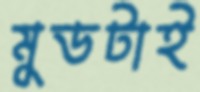
মুডটাই